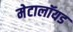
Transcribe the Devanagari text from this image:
मेटालॉयड